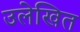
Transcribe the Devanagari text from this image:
उलेखित